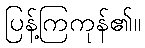
ပြန့်ကြကုန်၏။